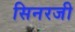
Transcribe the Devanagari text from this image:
सिनरजी